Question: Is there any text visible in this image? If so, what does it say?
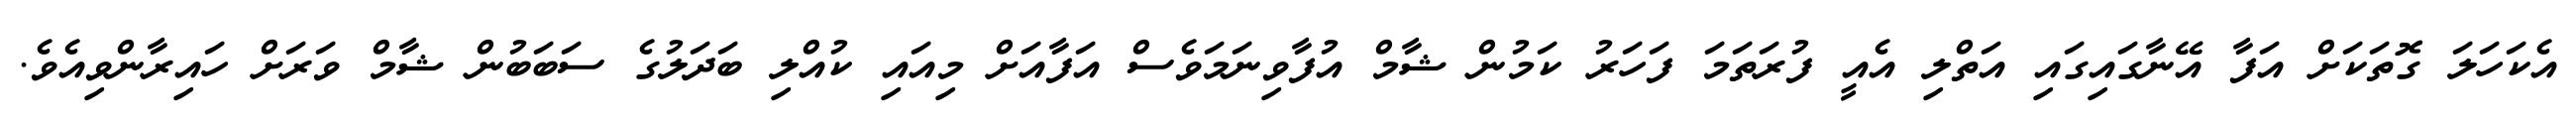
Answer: އެކަހަލަ ގޮތަކަށް އަފާ އޭނާގައިގައި އަތްލި އެއީ ފުރަތަމަ ފަހަރު ކަމުން ޝާމް އުފާވިނަމަވެސް އަފާއަށް މިއައި ކުއްލި ބަދަލުގެ ސަބަބުން ޝާމް ވަރަށް ހައިރާންވިއެވެ.